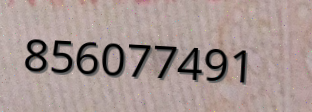
856077491